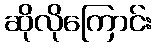
ဆိုလိုကြောင်း